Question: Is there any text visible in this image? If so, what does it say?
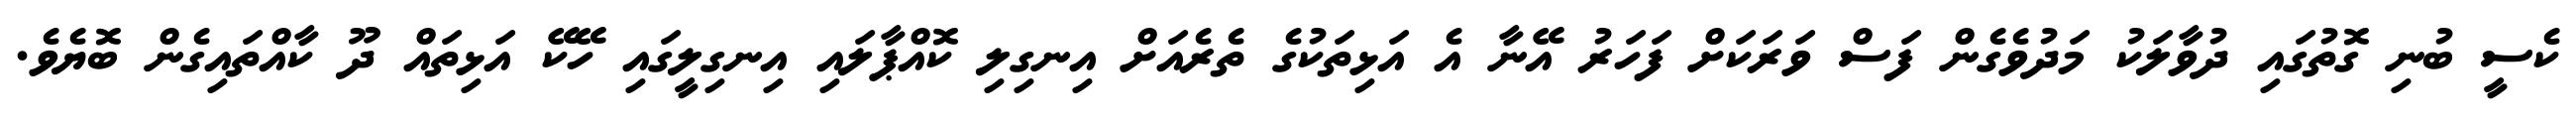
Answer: ކެސީ ބުނި ގޮތުގައި ދުވާލަކު މަދުވެގެން ފަސް ވަރަކަށް ފަހަރު އޭނާ އެ އަޅިތަކުގެ ތެރެއަށް އިނގިލި ކޮއްޕާލައި އިނގިލީގައި ހޭކޭ އަޅިތައް ދޫ ކާއްތައިގެން ބޮޔެވެ.